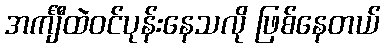
အင်္ကျီထဲဝင်ပုန်းနေသလို ဖြစ်နေတယ်